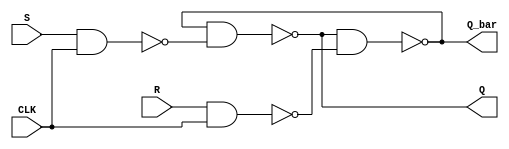
`timescale 1ns / 1ps
//////////////////////////////////////////////////////////////////////////////////
// Company: 5G Testbed, IISc
// Module Name: SR_flipflop
//////////////////////////////////////////////////////////////////////////////////


module SR_flipflop(CLK, S, R, Q, Q_bar);
input CLK, S, R;
output Q, Q_bar;
wire X, Y;

assign X = ~(S & CLK);
assign Y = ~(R & CLK);
assign Q = ~(Q_bar & X);
assign Q_bar = ~(Q & Y);

endmodule